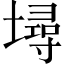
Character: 𡑎